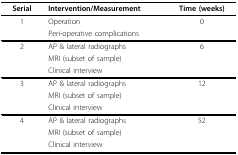
| Serial | Intervention/Measurement | Time (weeks) |
 | --- | --- | --- |
 | 1 | Operation | 0 |
 |  | Peri-operative complications |  |
 | 2 | AP & lateral radiographs | 6 |
 |  | MRI (subset of sample) |  |
 |  | Clinical interview |  |
 | 3 | AP & lateral radiographs | 12 |
 |  | MRI (subset of sample) |  |
 |  | Clinical interview |  |
 | 4 | AP & lateral radiographs | 52 |
 |  | MRI (subset of sample) |  |
 |  | Clinical interview |  |